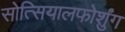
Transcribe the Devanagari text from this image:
सोत्सियालफोर्शुंग